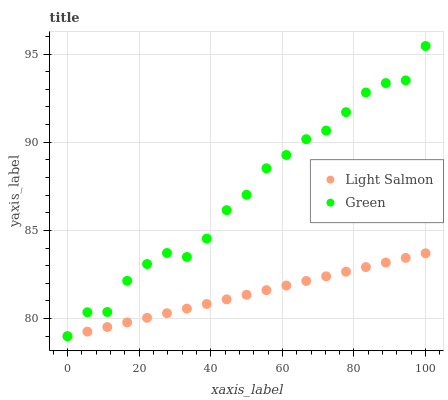
| xaxis_label | Light Salmon | Green |
 | --- | --- | --- |
 | 0 | 79 | 79 |
 | 5.56 | 79.3 | 80.4 |
 | 11.1 | 79.5 | 80.4 |
 | 16.7 | 79.8 | 82.1 |
 | 22.2 | 80 | 83.1 |
 | 27.8 | 80.3 | 83.7 |
 | 33.3 | 80.6 | 83.5 |
 | 38.9 | 80.8 | 84.5 |
 | 44.4 | 81.1 | 86.2 |
 | 50 | 81.4 | 87 |
 | 55.6 | 81.6 | 88.5 |
 | 61.1 | 81.9 | 89.3 |
 | 66.7 | 82.1 | 90.2 |
 | 72.2 | 82.4 | 90.7 |
 | 77.8 | 82.7 | 91.7 |
 | 83.3 | 82.9 | 92.8 |
 | 88.9 | 83.2 | 93.4 |
 | 94.4 | 83.4 | 93.5 |
 | 100 | 83.7 | 95.5 |